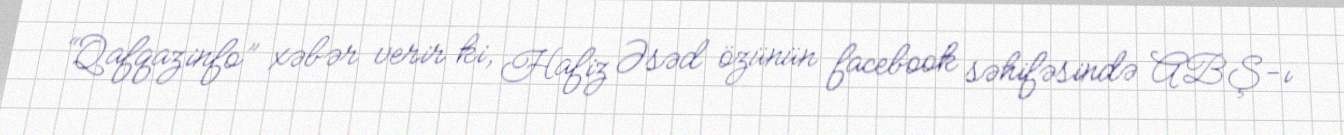
“Qafqazinfo” xəbər verir ki, Hafiz Əsəd özünün facebook səhifəsində ABŞ-ı